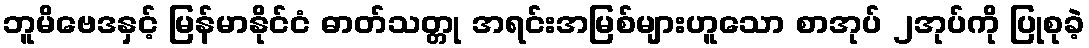
ဘူမိဗေဒနှင့် မြန်မာနိုင်ငံ ဓာတ်သတ္တု အရင်းအမြစ်များဟူသော စာအုပ် ၂အုပ်ကို ပြုစုခဲ့